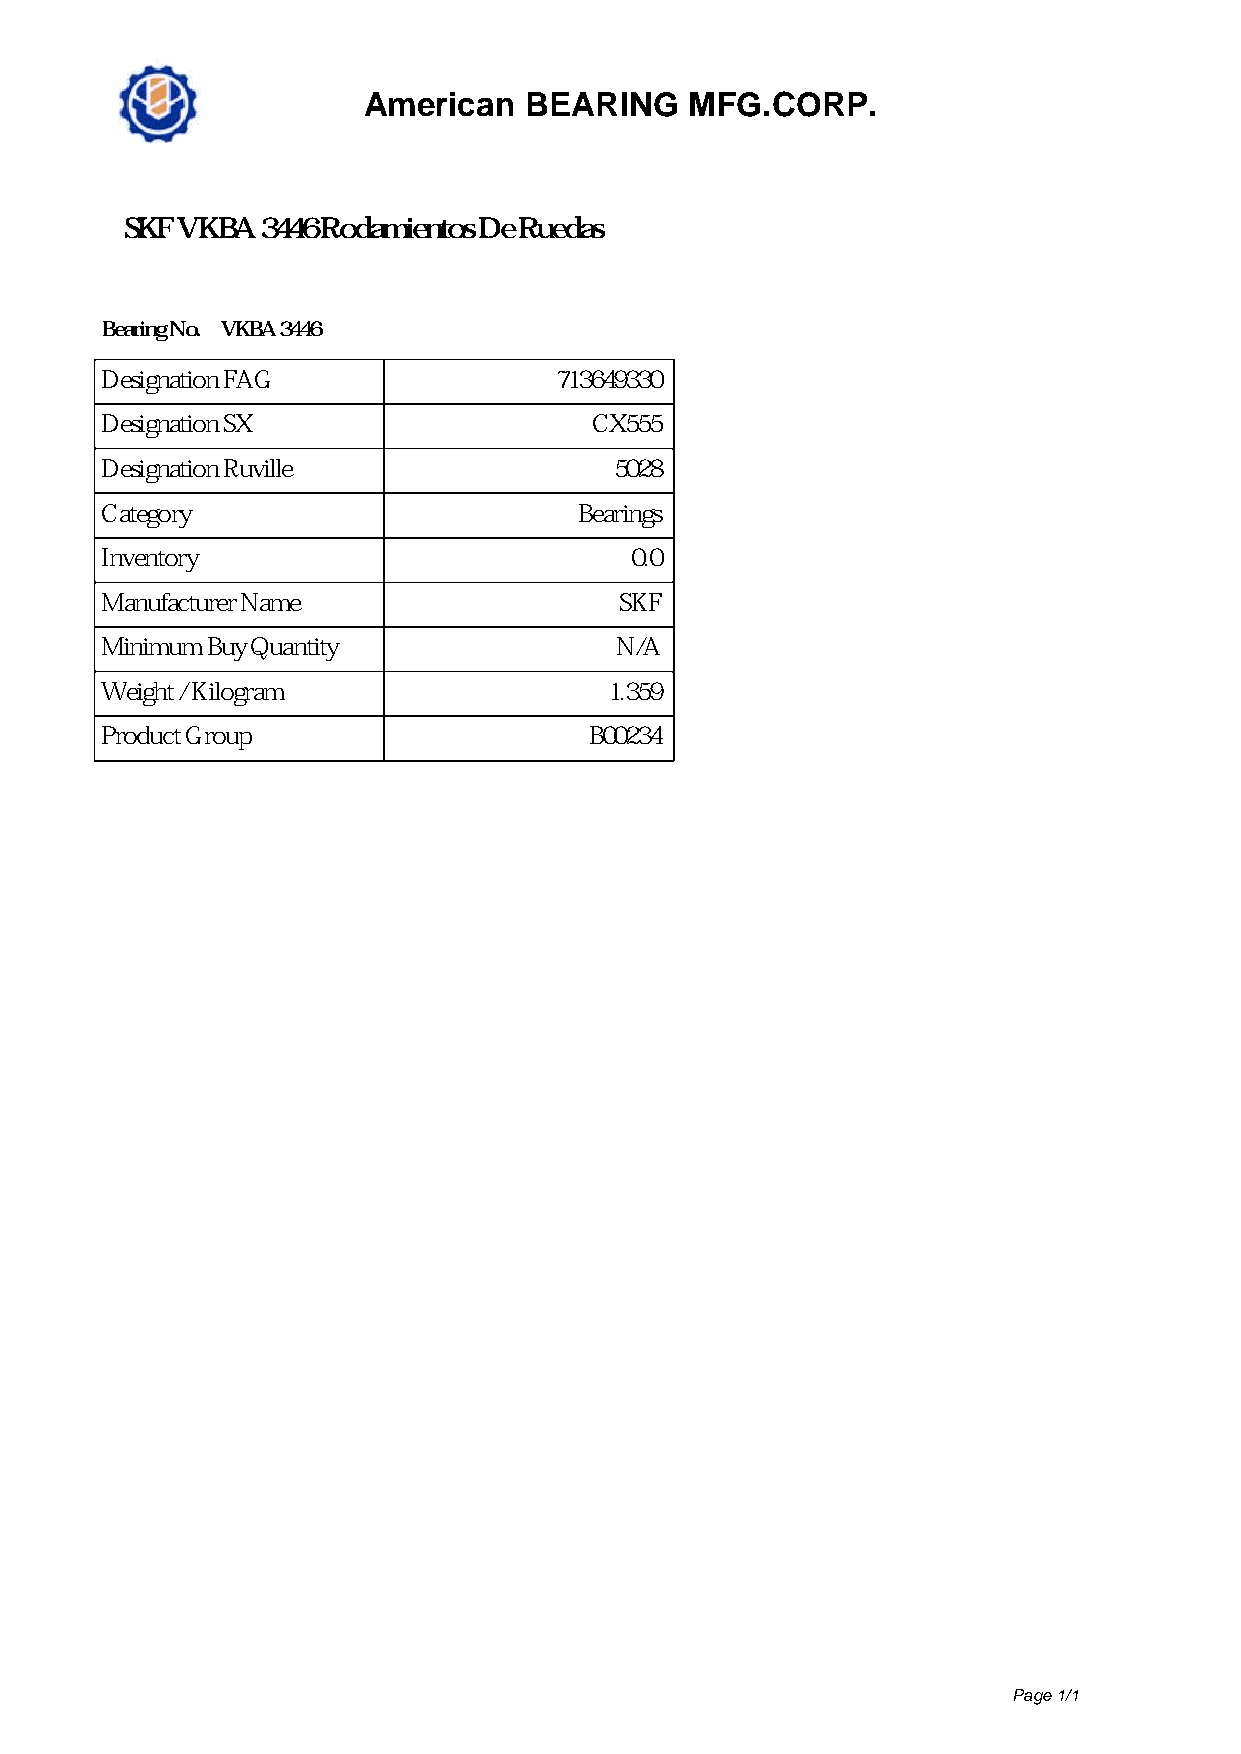
American   BEARING    MFG.CORP.
 SKF VKBA 3446 Rodamientos De Ruedas
 Bearing No. VKBA 3446
 Designation FAG               713649330
 Designation SX                  CX555
 Designation Ruville               5028
 Category                       Bearings
 Inventory                          0.0
 Manufacturer Name                 SKF
 Minimum Buy Quantity              N/A
 Weight / Kilogram                1.359
 Product Group                   B00234
 Page 1/1
 Powered by TCPDF (www.tcpdf.org)